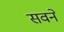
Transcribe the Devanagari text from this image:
सवने